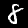
Digit: 8